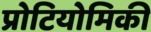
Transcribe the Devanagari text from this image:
प्रोटियोमिकी